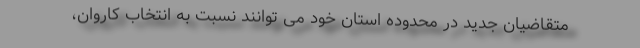
متقاضیان جدید در محدوده استان خود می توانند نسبت به انتخاب کاروان،